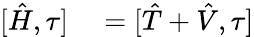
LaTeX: \begin{array}{rl}{[\hat{H},\tau]}&{{}=[\hat{T}+\hat{V},\tau]}\end{array}